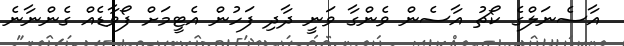
އާސެނަލްގެ ކޯޗު އާސެން ވެންގާ ވަނީ ދާދި ފަހުން އެޓީމަށް ފޯވާޑެއް ގެންނާނެ